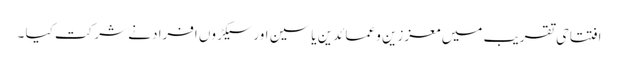
افتتاحی تقریب میں معززین و عمائدین یاسین اور سیکڑوں افراد نے شرکت کیا ۔